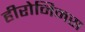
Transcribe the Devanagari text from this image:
हीरोनिमस